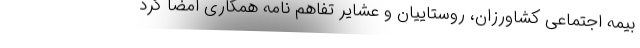
بیمه اجتماعی کشاورزان، روستاییان و عشایر تفاهم نامه همکاری امضا کرد